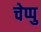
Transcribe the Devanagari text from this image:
चेप्पु